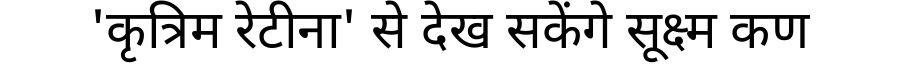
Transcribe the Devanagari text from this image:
'कृत्रिम रेटीना' से देख सकेंगे सूक्ष्म कण